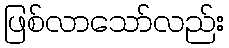
ဖြစ်လာသော်လည်း